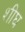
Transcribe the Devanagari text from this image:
शीघ